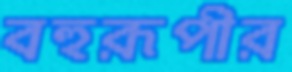
বহুরূপীর